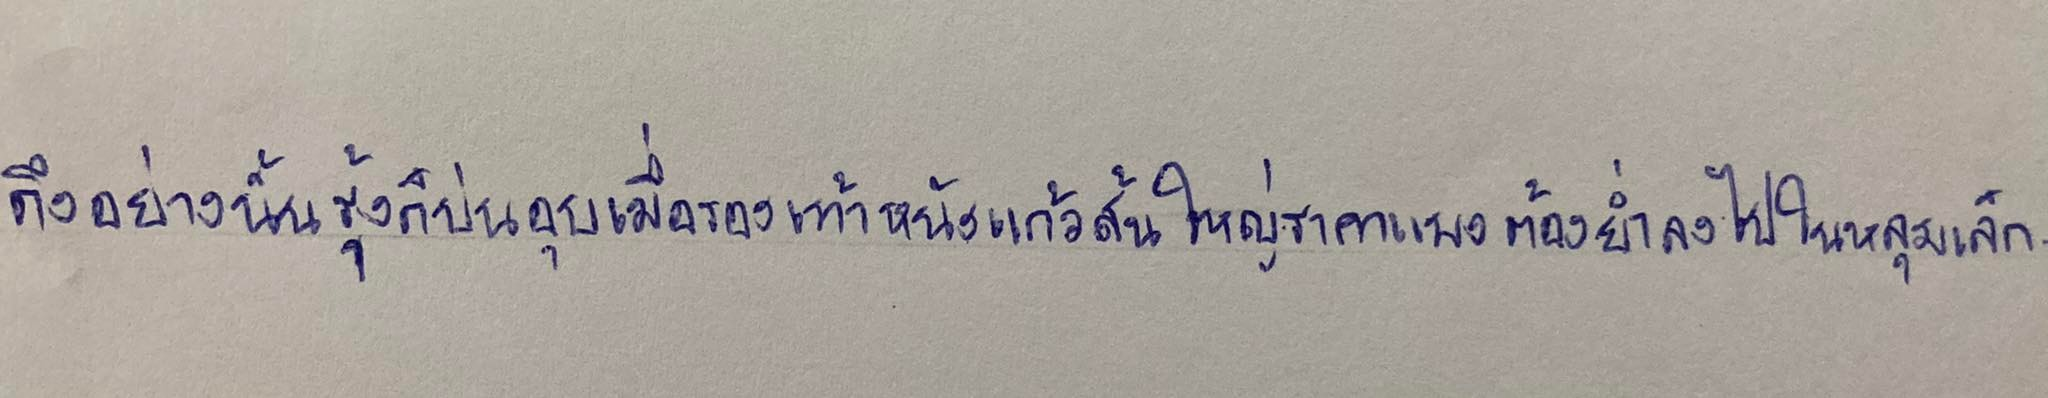
ถึงอย่างนั้นรุ้งก็บ่นอุบเมื่อรองเท้าหนังแก้วส้นใหญ่ราคาแพงต้องย่ำลงไปในหลุมเล็ก